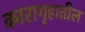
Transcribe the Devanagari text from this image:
कारागृहातील